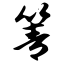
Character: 箐